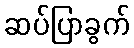
ဆပ်ပြာခွက်